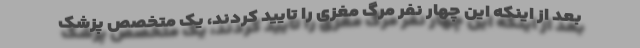
بعد از اینکه این چهار نفر مرگ مغزی را تایید کردند، یک متخصص پزشک